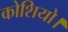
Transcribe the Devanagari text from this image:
कोशियो।